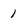
Character: 1